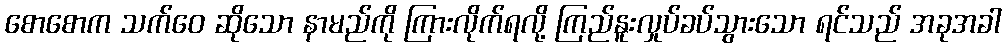
စောစောက သက်ဝေ ဆိုသော နာမည်ကို ကြားလိုက်ရလို့ ကြည်နူးလှုပ်ခပ်သွားသော ရင်သည် အခုအခါ